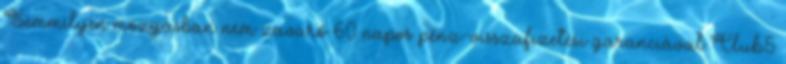
Semmilyen mozgásban nem zavaró 60 napos pénz-visszafizetési garanciával Club5